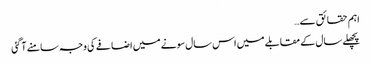
اہم حقائق سے…
پچھلے سال کے مقابلے میں اس سال سونے میں اضافے کی وجہ سامنے آگئی